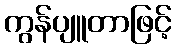
ကွန်ပျူတာဖြင့်